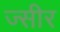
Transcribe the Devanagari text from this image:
ज्सीर